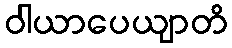
ဝါယာပေယျာတိ